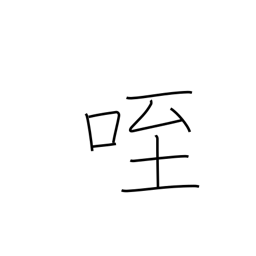
Meaning: eat